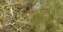
સીઆઈએનોએ